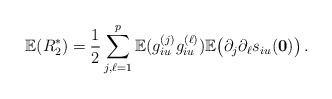
LaTeX: \begin{align*}{\mathbb{E}}(R_{2}^{\ast})=\frac{1}{2}\sum_{j,\ell=1}^{p}{\mathbb{E}}(g_{iu}^{(j)}g_{iu}^{(\ell)}){\mathbb{E}}\big (\partial_{j}\partial_{\ell}s_{iu}({\mathbf{0}})\big )\,. \end{align*}